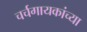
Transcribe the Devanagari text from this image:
चर्चगायकांच्या